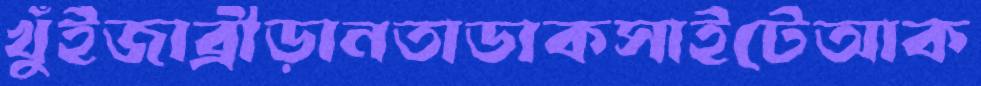
খুঁইজাব্রীড়ানতাডাকসাইটেআক